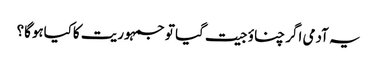
یہ آدمی اگر چناؤ جیت گیا تو جمہوریت کاکیاہوگا؟